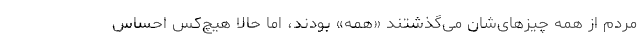
مردم از همه چیزهای‌شان می‌گذشتند «همه» بودند، اما حالا هیچ‌کس احساس